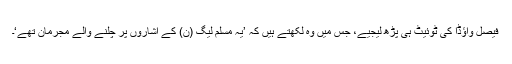
فیصل واؤڈا کی ٹوئیٹ ہی پڑھ لیجیے، جس میں وہ لکھتے ہیں کہ ’یہ مسلم لیگ (ن) کے اشاروں پر چلنے والے مجرمان تھے‘۔